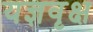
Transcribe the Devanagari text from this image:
यज्ञवृक्ष